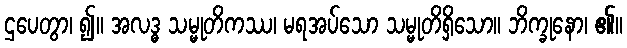
ဌပေတွာ၊ ၍။ အလဒ္ဓ သမ္မုတိကဿ၊ မရအပ်သော သမ္မုတိရှိသော။ ဘိက္ခုနော၊ ၏။